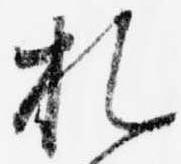
札